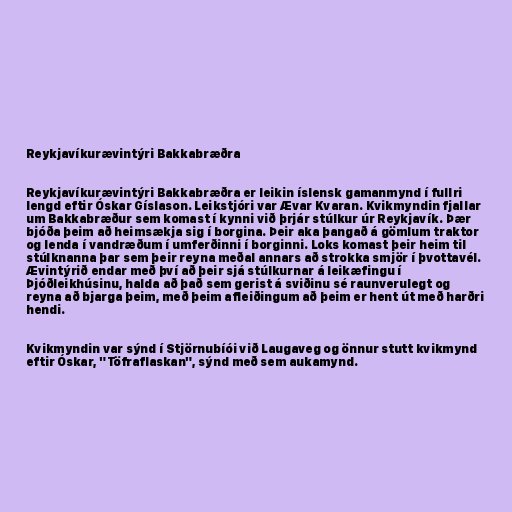
Reykjavíkurævintýri Bakkabræðra

Reykjavíkurævintýri Bakkabræðra er leikin íslensk gamanmynd í fullri
lengd eftir Óskar Gíslason. Leikstjóri var Ævar Kvaran. Kvikmyndin fjallar
um Bakkabræður sem komast í kynni við þrjár stúlkur úr Reykjavík. Þær
bjóða þeim að heimsækja sig í borgina. Þeir aka þangað á gömlum traktor
og lenda í vandræðum í umferðinni í borginni. Loks komast þeir heim til
stúlknanna þar sem þeir reyna meðal annars að strokka smjör í þvottavél.
Ævintýrið endar með því að þeir sjá stúlkurnar á leikæfingu í
Þjóðleikhúsinu, halda að það sem gerist á sviðinu sé raunverulegt og
reyna að bjarga þeim, með þeim afleiðingum að þeim er hent út með harðri
hendi.

Kvikmyndin var sýnd í Stjörnubíói við Laugaveg og önnur stutt kvikmynd
eftir Óskar, "Töfraflaskan", sýnd með sem aukamynd.